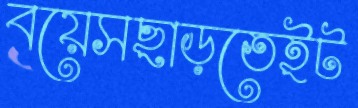
বয়েসছাড়তেইট